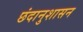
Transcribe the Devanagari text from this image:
छंदानुशासन